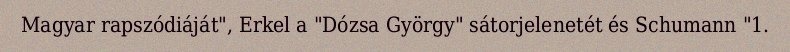
Magyar rapszódiáját", Erkel a "Dózsa György" sátorjelenetét és Schumann "1.